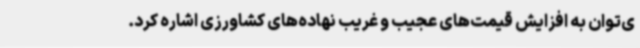
ی‌توان به افزایش قیمت‌های عجیب و غریب نهاده‌های کشاورزی اشاره کرد.